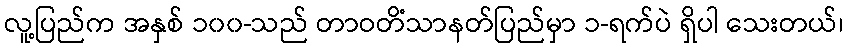
လူ့ပြည်က အနှစ် ၁၀၀-သည် တာဝတိံသာနတ်ပြည်မှာ ၁-ရက်ပဲ ရှိပါ သေးတယ်၊